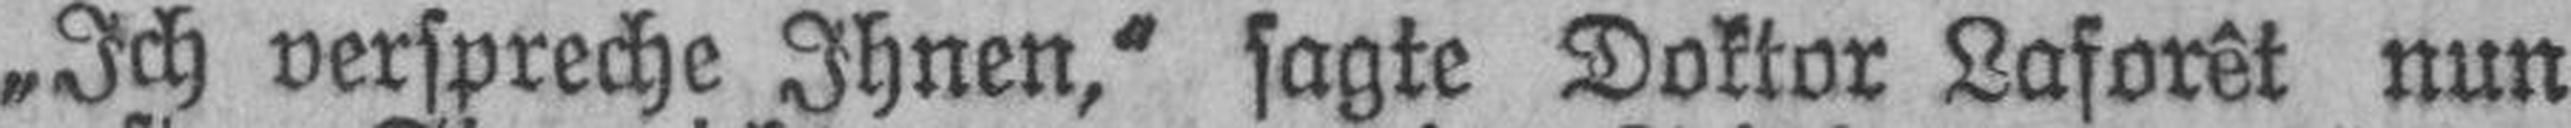
„Ich verspreche Ihnen,“ sagte Doktor Laforêt nun